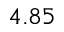
4 . 8 5